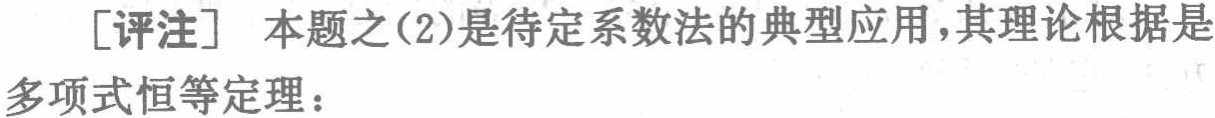
[评注] 本题之(2)是待定系数法的典型应用，其理论根据是

多项式恒等定理：